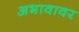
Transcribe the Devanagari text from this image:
अभावावर